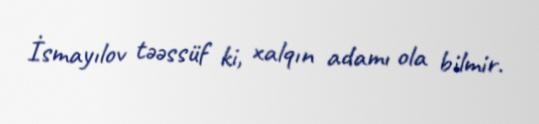
İsmayılov təəssüf ki, xalqın adamı ola bilmir.